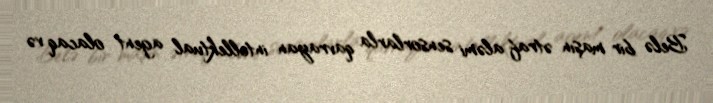
Belə bir maşın ətraf aləmi sensorlarla qavrayan intellektual agent olacaq və